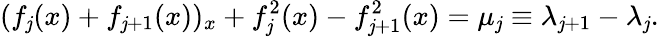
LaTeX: (f_{\mathit{j}}(x)+f_{\mathit{j}+1}(x))_{x}+f_{\mathit{j}}^{2}(x)-f_{\mathit{j}+1}^{2}(x)=\mu_{\mathit{j}}\equiv\lambda_{\mathit{j}+1}-\lambda_{\mathit{j}}.